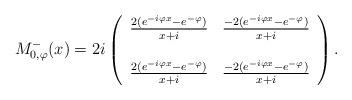
LaTeX: \begin{align*}M_{0, \varphi}^{-}(x) =2 i \left(\begin{array}{cc}\frac{2 (e^{- i \varphi x} - e^{- \varphi})}{x + i} & \frac{- 2 (e^{- i \varphi x} - e^{- \varphi})}{x + i} \\& \\\frac{2 (e^{- i \varphi x} - e^{- \varphi})}{x + i} & \frac{- 2 (e^{- i \varphi x} - e^{- \varphi})}{x + i}\end{array}\right).\end{align*}